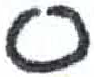
אות: ס